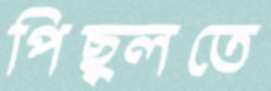
পিছ্‌লতে